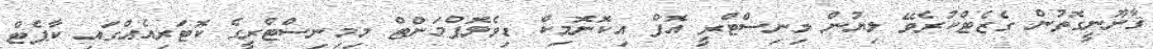
ޤާނޫނީގޮތުން ގެޒެޓްކުރެވޭ ލިޔުން މިނިސްޓްރީ އޮފް އިކޮނޮމިކް ޑިވެލޮޕްމަންޓް މިމިނިސްޓްރީގެ ކޮޓަރިއެއްގައި ކާޕެޓް